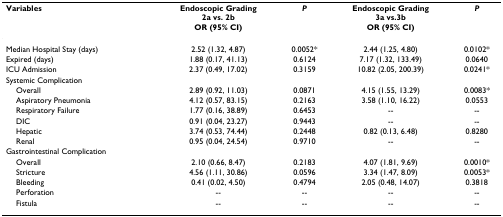
<table><thead><tr><td><b>Variables</b></td><td><b>Endoscopic Grading 2a vs. 2b OR (95% CI)</b></td><td><b><i>P</i></b></td><td><b>Endoscopic Grading 3a vs.3b OR (95% CI)</b></td><td><b><i>P</i></b></td></tr></thead><tbody><tr><td>Median Hospital Stay (days)</td><td>2.52 (1.32, 4.87)</td><td>0.0052*</td><td>2.44 (1.25, 4.80)</td><td>0.0102*</td></tr><tr><td>Expired (days)</td><td>1.88 (0.17, 41.13)</td><td>0.6124</td><td>7.17 (1.32, 133.49)</td><td>0.0640</td></tr><tr><td>ICU Admission</td><td>2.37 (0.49, 17.02)</td><td>0.3159</td><td>10.82 (2.05, 200.39)</td><td>0.0241*</td></tr><tr><td>Systemic Complication</td><td></td><td></td><td></td><td></td></tr><tr><td> Overall</td><td>2.89 (0.92, 11.03)</td><td>0.0871</td><td>4.15 (1.55, 13.29)</td><td>0.0083*</td></tr><tr><td> Aspiratory Pneumonia</td><td>4.12 (0.57, 83.15)</td><td>0.2163</td><td>3.58 (1.10, 16.22)</td><td>0.0553</td></tr><tr><td> Respiratory Failure</td><td>1.77 (0.16, 38.89)</td><td>0.6453</td><td>--</td><td>--</td></tr><tr><td> DIC</td><td>0.91 (0.04, 23.27)</td><td>0.9443</td><td>--</td><td>--</td></tr><tr><td> Hepatic</td><td>3.74 (0.53, 74.44)</td><td>0.2448</td><td>0.82 (0.13, 6.48)</td><td>0.8280</td></tr><tr><td> Renal</td><td>0.95 (0.04, 24.54)</td><td>0.9710</td><td>--</td><td>--</td></tr><tr><td>Gastrointestinal Complication</td><td></td><td></td><td></td><td></td></tr><tr><td> Overall</td><td>2.10 (0.66, 8.47)</td><td>0.2183</td><td>4.07 (1.81, 9.69)</td><td>0.0010*</td></tr><tr><td> Stricture</td><td>4.56 (1.11, 30.86)</td><td>0.0596</td><td>3.34 (1.47, 8.09)</td><td>0.0053*</td></tr><tr><td> Bleeding</td><td>0.41 (0.02, 4.50)</td><td>0.4794</td><td>2.05 (0.48, 14.07)</td><td>0.3818</td></tr><tr><td> Perforation</td><td>--</td><td>--</td><td>--</td><td>--</td></tr><tr><td> Fistula</td><td>--</td><td>--</td><td>--</td><td>--</td></tr></tbody></table>